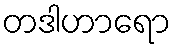
တဒါဟာရော